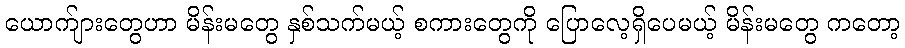
ယောက်ျားတွေဟာ မိန်းမတွေ နှစ်သက်မယ့် စကားတွေကို ပြောလေ့ရှိပေမယ့် မိန်းမတွေ ကတော့